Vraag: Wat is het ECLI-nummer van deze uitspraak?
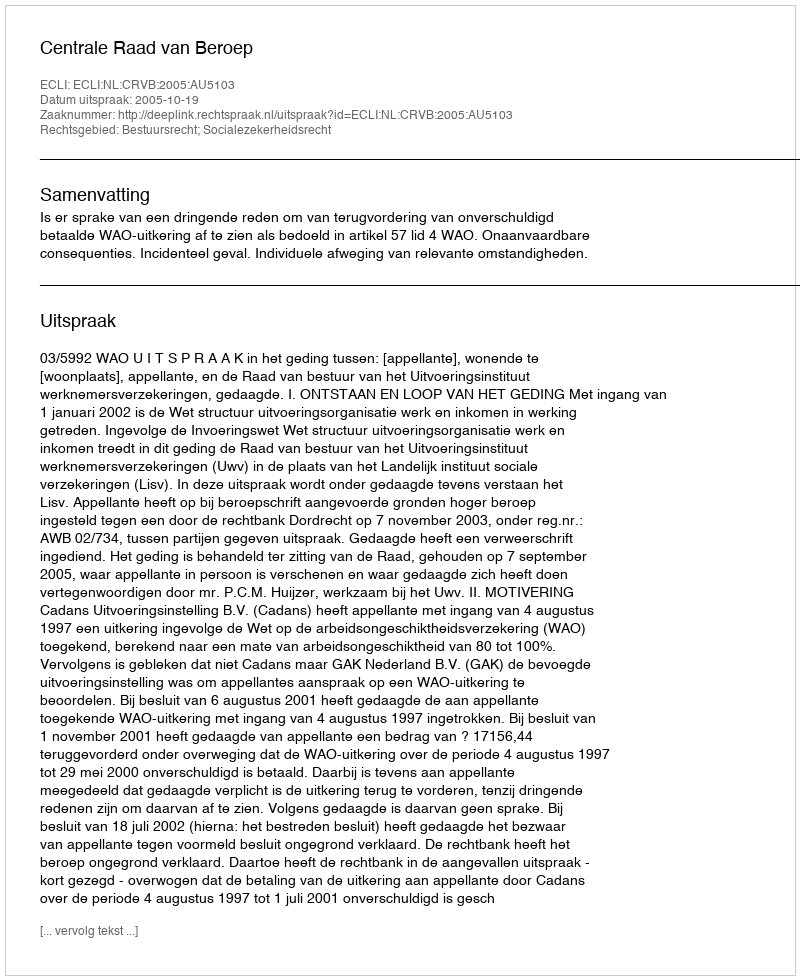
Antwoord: ECLI:NL:CRVB:2005:AU5103